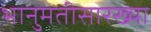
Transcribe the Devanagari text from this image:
भानुमतीसारख्या